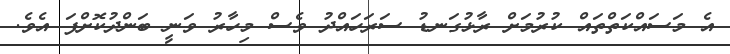
އެ މަސައްކަތްތައް ކުރުމަށް ރާޅުގަނޑު ސަރަހައްދު ވެސް މިހާރު ވަނީ ބަންދުކޮށްފަ އެވެ.